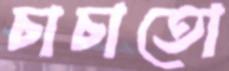
চাচাতো